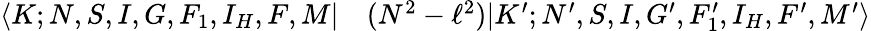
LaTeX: \begin{array}{rl}{\langle K;N,S,I,G,F_{1},I_{H},F,M|}&{{}(N^{2}-\ell^{2})|K^{\prime};N^{\prime},S,I,G^{\prime},F_{1}^{\prime},I_{H},F^{\prime},M^{\prime}\rangle}\end{array}